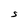
Character: S